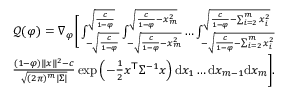
\begin{array} { r } { \mathcal { Q } ( \varphi ) = \nabla _ { \varphi } \bigg [ \int _ { - \sqrt { \frac { c } { 1 - \varphi } } } ^ { \sqrt { \frac { c } { 1 - \varphi } } } \int _ { - \sqrt { \frac { c } { 1 - \varphi } - x _ { m } ^ { 2 } } } ^ { \sqrt { \frac { c } { 1 - \varphi } - x _ { m } ^ { 2 } } } \ldots \int _ { - \sqrt { \frac { c } { 1 - \varphi } - \sum _ { i = 2 } ^ { m } x _ { i } ^ { 2 } } } ^ { \sqrt { \frac { c } { 1 - \varphi } - \sum _ { i = 2 } ^ { m } x _ { i } ^ { 2 } } } } \\ { \frac { ( 1 - \varphi ) \| x \| ^ { 2 } - c } { \sqrt { ( 2 \pi ) ^ { m } | { \Sigma } | } } \exp \left( - \frac { 1 } { 2 } { x } ^ { \mathsf { T } } { \Sigma } ^ { - 1 } { x } \right) \mathrm { d } { x } _ { 1 } \ldots \mathrm { d } { x } _ { m - 1 } \mathrm { d } { x } _ { m } \bigg ] . } \end{array}